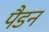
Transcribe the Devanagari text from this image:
पैडन